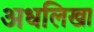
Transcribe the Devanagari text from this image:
अधलिखा